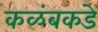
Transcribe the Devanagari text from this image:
कळंबकडे